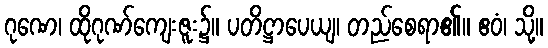
ဂုဏေ၊ ထိုဂုဏ်ကျေးဇူး၌။ ပတိဋ္ဌာပေယျ၊ တည်စေရာ၏။ ဧဝံ၊ သို့။